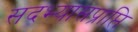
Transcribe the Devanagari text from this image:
सदभ्यासप्राप्ति